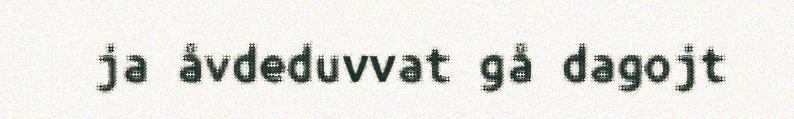
ja åvdeduvvat gå dagojt